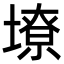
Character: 㙩